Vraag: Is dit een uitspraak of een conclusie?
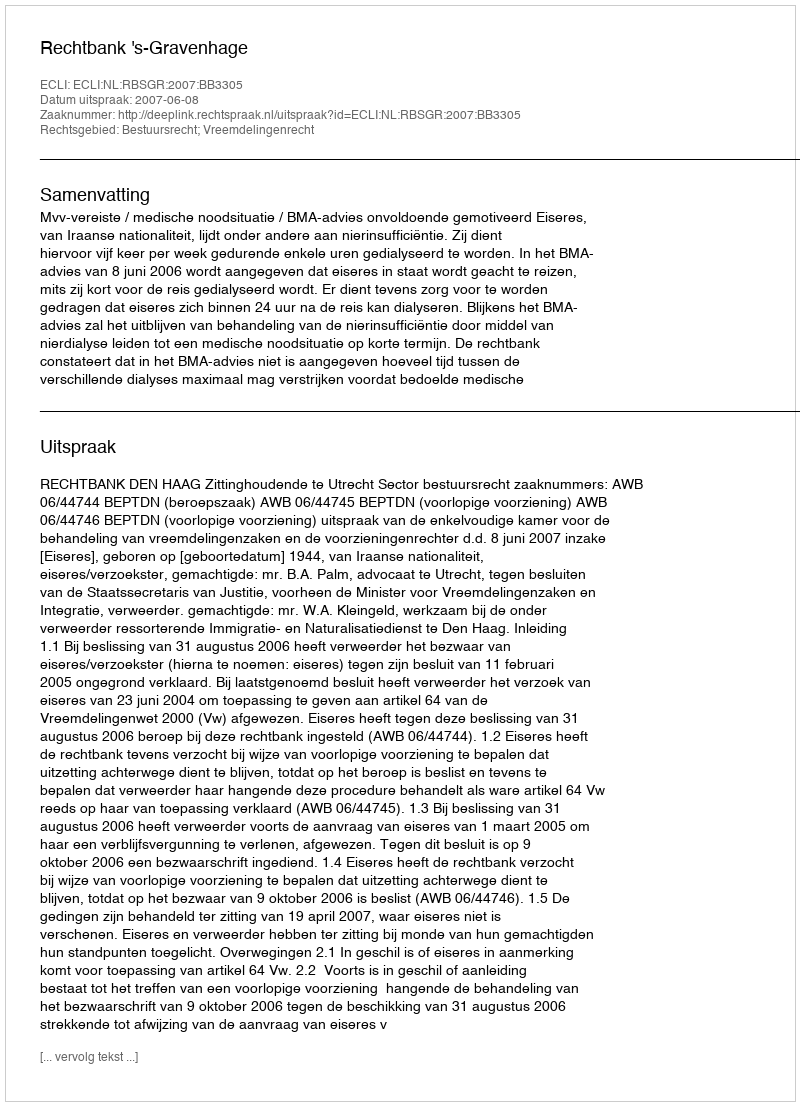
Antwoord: Uitspraak